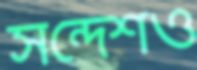
সন্দেশও